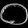
Digit: ၀